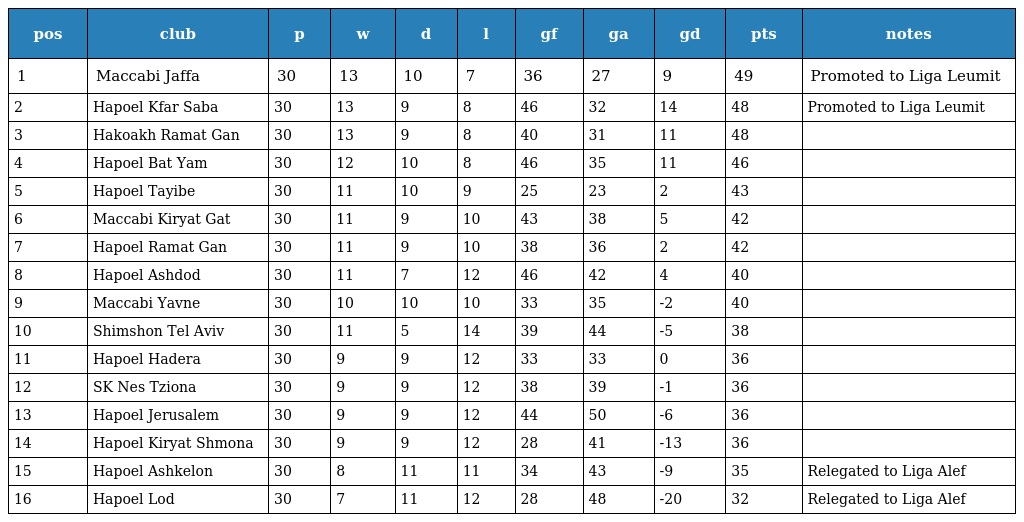
| pos | club | p | w | d | l | gf | ga | gd | pts | notes |
 | --- | --- | --- | --- | --- | --- | --- | --- | --- | --- | --- |
 | 1 | Maccabi Jaffa | 30 | 13 | 10 | 7 | 36 | 27 | 9 | 49 | Promoted to Liga Leumit |
 | 2 | Hapoel Kfar Saba | 30 | 13 | 9 | 8 | 46 | 32 | 14 | 48 | Promoted to Liga Leumit |
 | 3 | Hakoakh Ramat Gan | 30 | 13 | 9 | 8 | 40 | 31 | 11 | 48 |  |
 | 4 | Hapoel Bat Yam | 30 | 12 | 10 | 8 | 46 | 35 | 11 | 46 |  |
 | 5 | Hapoel Tayibe | 30 | 11 | 10 | 9 | 25 | 23 | 2 | 43 |  |
 | 6 | Maccabi Kiryat Gat | 30 | 11 | 9 | 10 | 43 | 38 | 5 | 42 |  |
 | 7 | Hapoel Ramat Gan | 30 | 11 | 9 | 10 | 38 | 36 | 2 | 42 |  |
 | 8 | Hapoel Ashdod | 30 | 11 | 7 | 12 | 46 | 42 | 4 | 40 |  |
 | 9 | Maccabi Yavne | 30 | 10 | 10 | 10 | 33 | 35 | -2 | 40 |  |
 | 10 | Shimshon Tel Aviv | 30 | 11 | 5 | 14 | 39 | 44 | -5 | 38 |  |
 | 11 | Hapoel Hadera | 30 | 9 | 9 | 12 | 33 | 33 | 0 | 36 |  |
 | 12 | SK Nes Tziona | 30 | 9 | 9 | 12 | 38 | 39 | -1 | 36 |  |
 | 13 | Hapoel Jerusalem | 30 | 9 | 9 | 12 | 44 | 50 | -6 | 36 |  |
 | 14 | Hapoel Kiryat Shmona | 30 | 9 | 9 | 12 | 28 | 41 | -13 | 36 |  |
 | 15 | Hapoel Ashkelon | 30 | 8 | 11 | 11 | 34 | 43 | -9 | 35 | Relegated to Liga Alef |
 | 16 | Hapoel Lod | 30 | 7 | 11 | 12 | 28 | 48 | -20 | 32 | Relegated to Liga Alef |